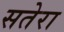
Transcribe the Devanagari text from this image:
सतेरा